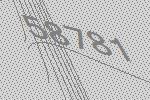
58781